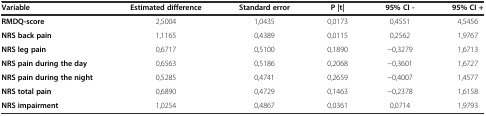
| Variable | Estimated difference | Standard error | P |t| | 95% CI - | 95% CI + |
 | --- | --- | --- | --- | --- | --- |
 | RMDQ-score | 2,5004 | 1,0435 | 0,0173 | 0,4551 | 4,5456 |
 | NRS back pain | 1,1165 | 0,4389 | 0,0115 | 0,2562 | 1,9767 |
 | NRS leg pain | 0,6717 | 0,5100 | 0,1890 | -0,3279 | 1,6713 |
 | NRS pain during the day | 0,6563 | 0,5186 | 0,2068 | -0,3601 | 1,6727 |
 | NRS pain during the night | 0,5285 | 0,4741 | 0,2659 | -0,4007 | 1,4577 |
 | NRS total pain | 0,6890 | 0,4729 | 0,1463 | -0,2378 | 1,6158 |
 | NRS impairment | 1,0254 | 0,4867 | 0,0361 | 0,0714 | 1,9793 |